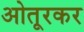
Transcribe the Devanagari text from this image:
ओतूरकर